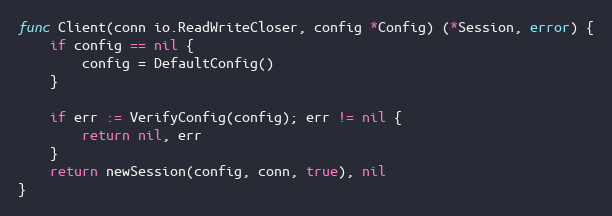
Language: Go
func Client(conn io.ReadWriteCloser, config *Config) (*Session, error) {
	if config == nil {
		config = DefaultConfig()
	}

	if err := VerifyConfig(config); err != nil {
		return nil, err
	}
	return newSession(config, conn, true), nil
}